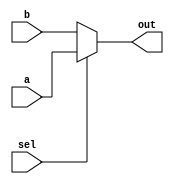
`ifndef MUX_2x1
`define MUX_2x1
/*******************************************************************
*
* Module: Mux_2x1.v
* Project: Pipelined-RISC-V Processor
* Description: @inputs: a, b, sel
               @outputs: out
               @importance: selecting from two inputs based on sel
*
* Change history: No changes on the implementation done in the lab
*
**********************************************************************/

module Mux_2x1(
    input a, b,
    input sel,
    output out
);

    assign out = (sel == 1'b1)? a: b;

endmodule
`endif